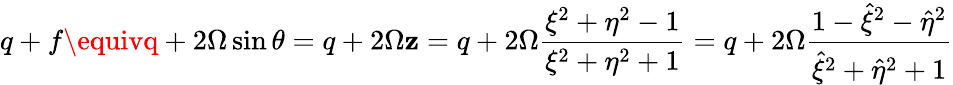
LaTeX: q+f\equivq+2\Omega\sin\theta=q+2\Omega\mathbf{z}=q+2\Omega\frac{{\xi^{2}+\eta^{2}-1}}{{\xi^{2}+\eta^{2}+1}}=q+2\Omega\frac{{1-\hat{{\xi}}^{2}-\hat{{\eta}}^{2}}}{{\hat{{\xi}}^{2}+\hat{{\eta}}^{2}+1}}